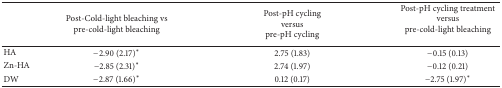
|  | Post-Cold-light bleaching vs pre-cold-light bleaching | Post-pH cycling versus pre-pH cycling | Post-pH cycling treatmentversus pre-cold-light bleaching |
 | --- | --- | --- | --- |
 | HA | −2.90 (2.17)∗ | 2.75 (1.83) | −0.15 (0.13) |
 | Zn-HA | −2.85 (2.31)∗ | 2.74 (1.97) | −0.12 (0.21) |
 | DW | −2.87 (1.66)∗ | 0.12 (0.17) | −2.75 (1.97)∗ |